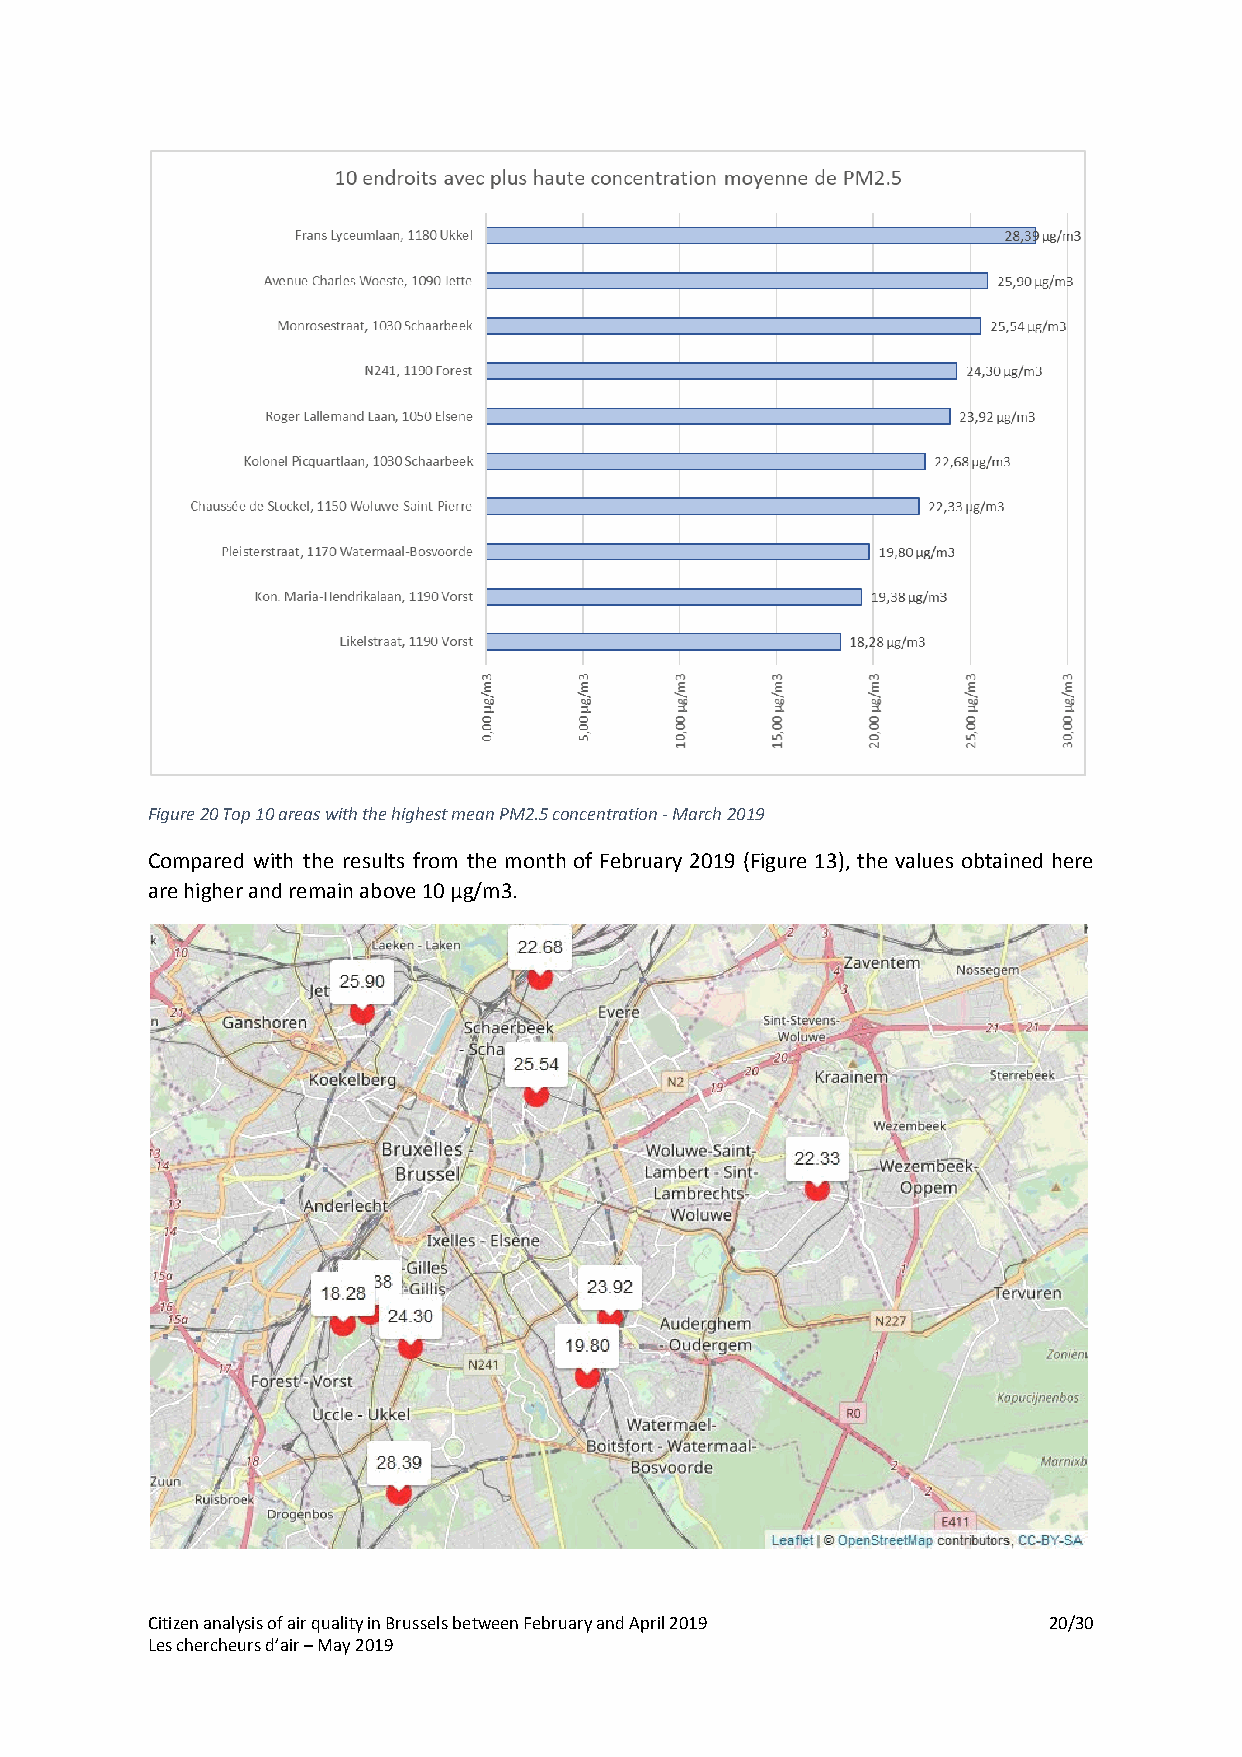
Figure 20 Top 10 areas with the highest mean PM2.5 concentration - March 2019
 Compared with the results from the month of February 2019 (Figure 13), the values obtained here
 are higher and remain above 10 µg/m3.
 Citizen analysis of air quality in Brussels between February and April 2019 20/30
 Les chercheurs d’air – May 2019